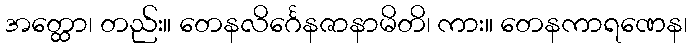
အတ္ထော၊ တည်း။ တေနလိင်္ဂေနဇာနာမိတိ၊ ကား။ တေနကာရဏေန၊